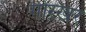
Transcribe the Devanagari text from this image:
गोरखर